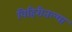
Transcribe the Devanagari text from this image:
विहिरीतल्या